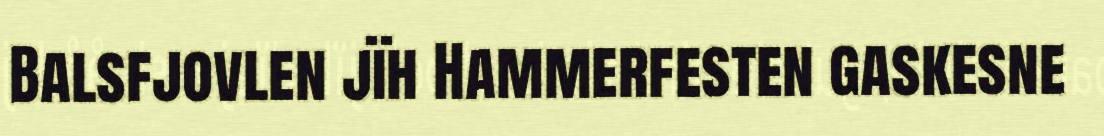
Balsfjovlen jïh Hammerfesten gaskesne